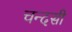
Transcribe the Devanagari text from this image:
चन्दसी